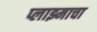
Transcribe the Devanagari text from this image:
प्लाझ्माचा